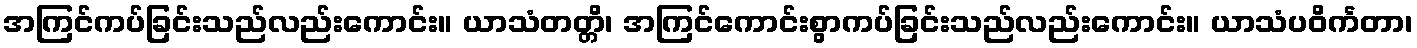
အကြင်ကပ်ခြင်းသည်လည်းကောင်း။ ယာသံတတ္တိ၊ အကြင်ကောင်းစွာကပ်ခြင်းသည်လည်းကောင်း။ ယာသံပဝိင်္ကတာ၊